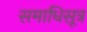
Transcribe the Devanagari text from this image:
समाधिसूत्र